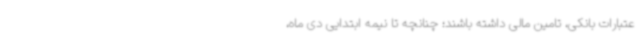
عتبارات بانکی، تامین مالی داشته باشند؛ چنانچه تا نیمه ابتدایی دی ماه،